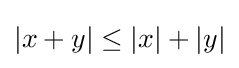
\left|x+y\right|\leq \left|x\right|+\left|y\right|